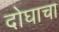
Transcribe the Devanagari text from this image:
दोघाचा